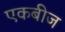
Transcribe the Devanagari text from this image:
एकबीज